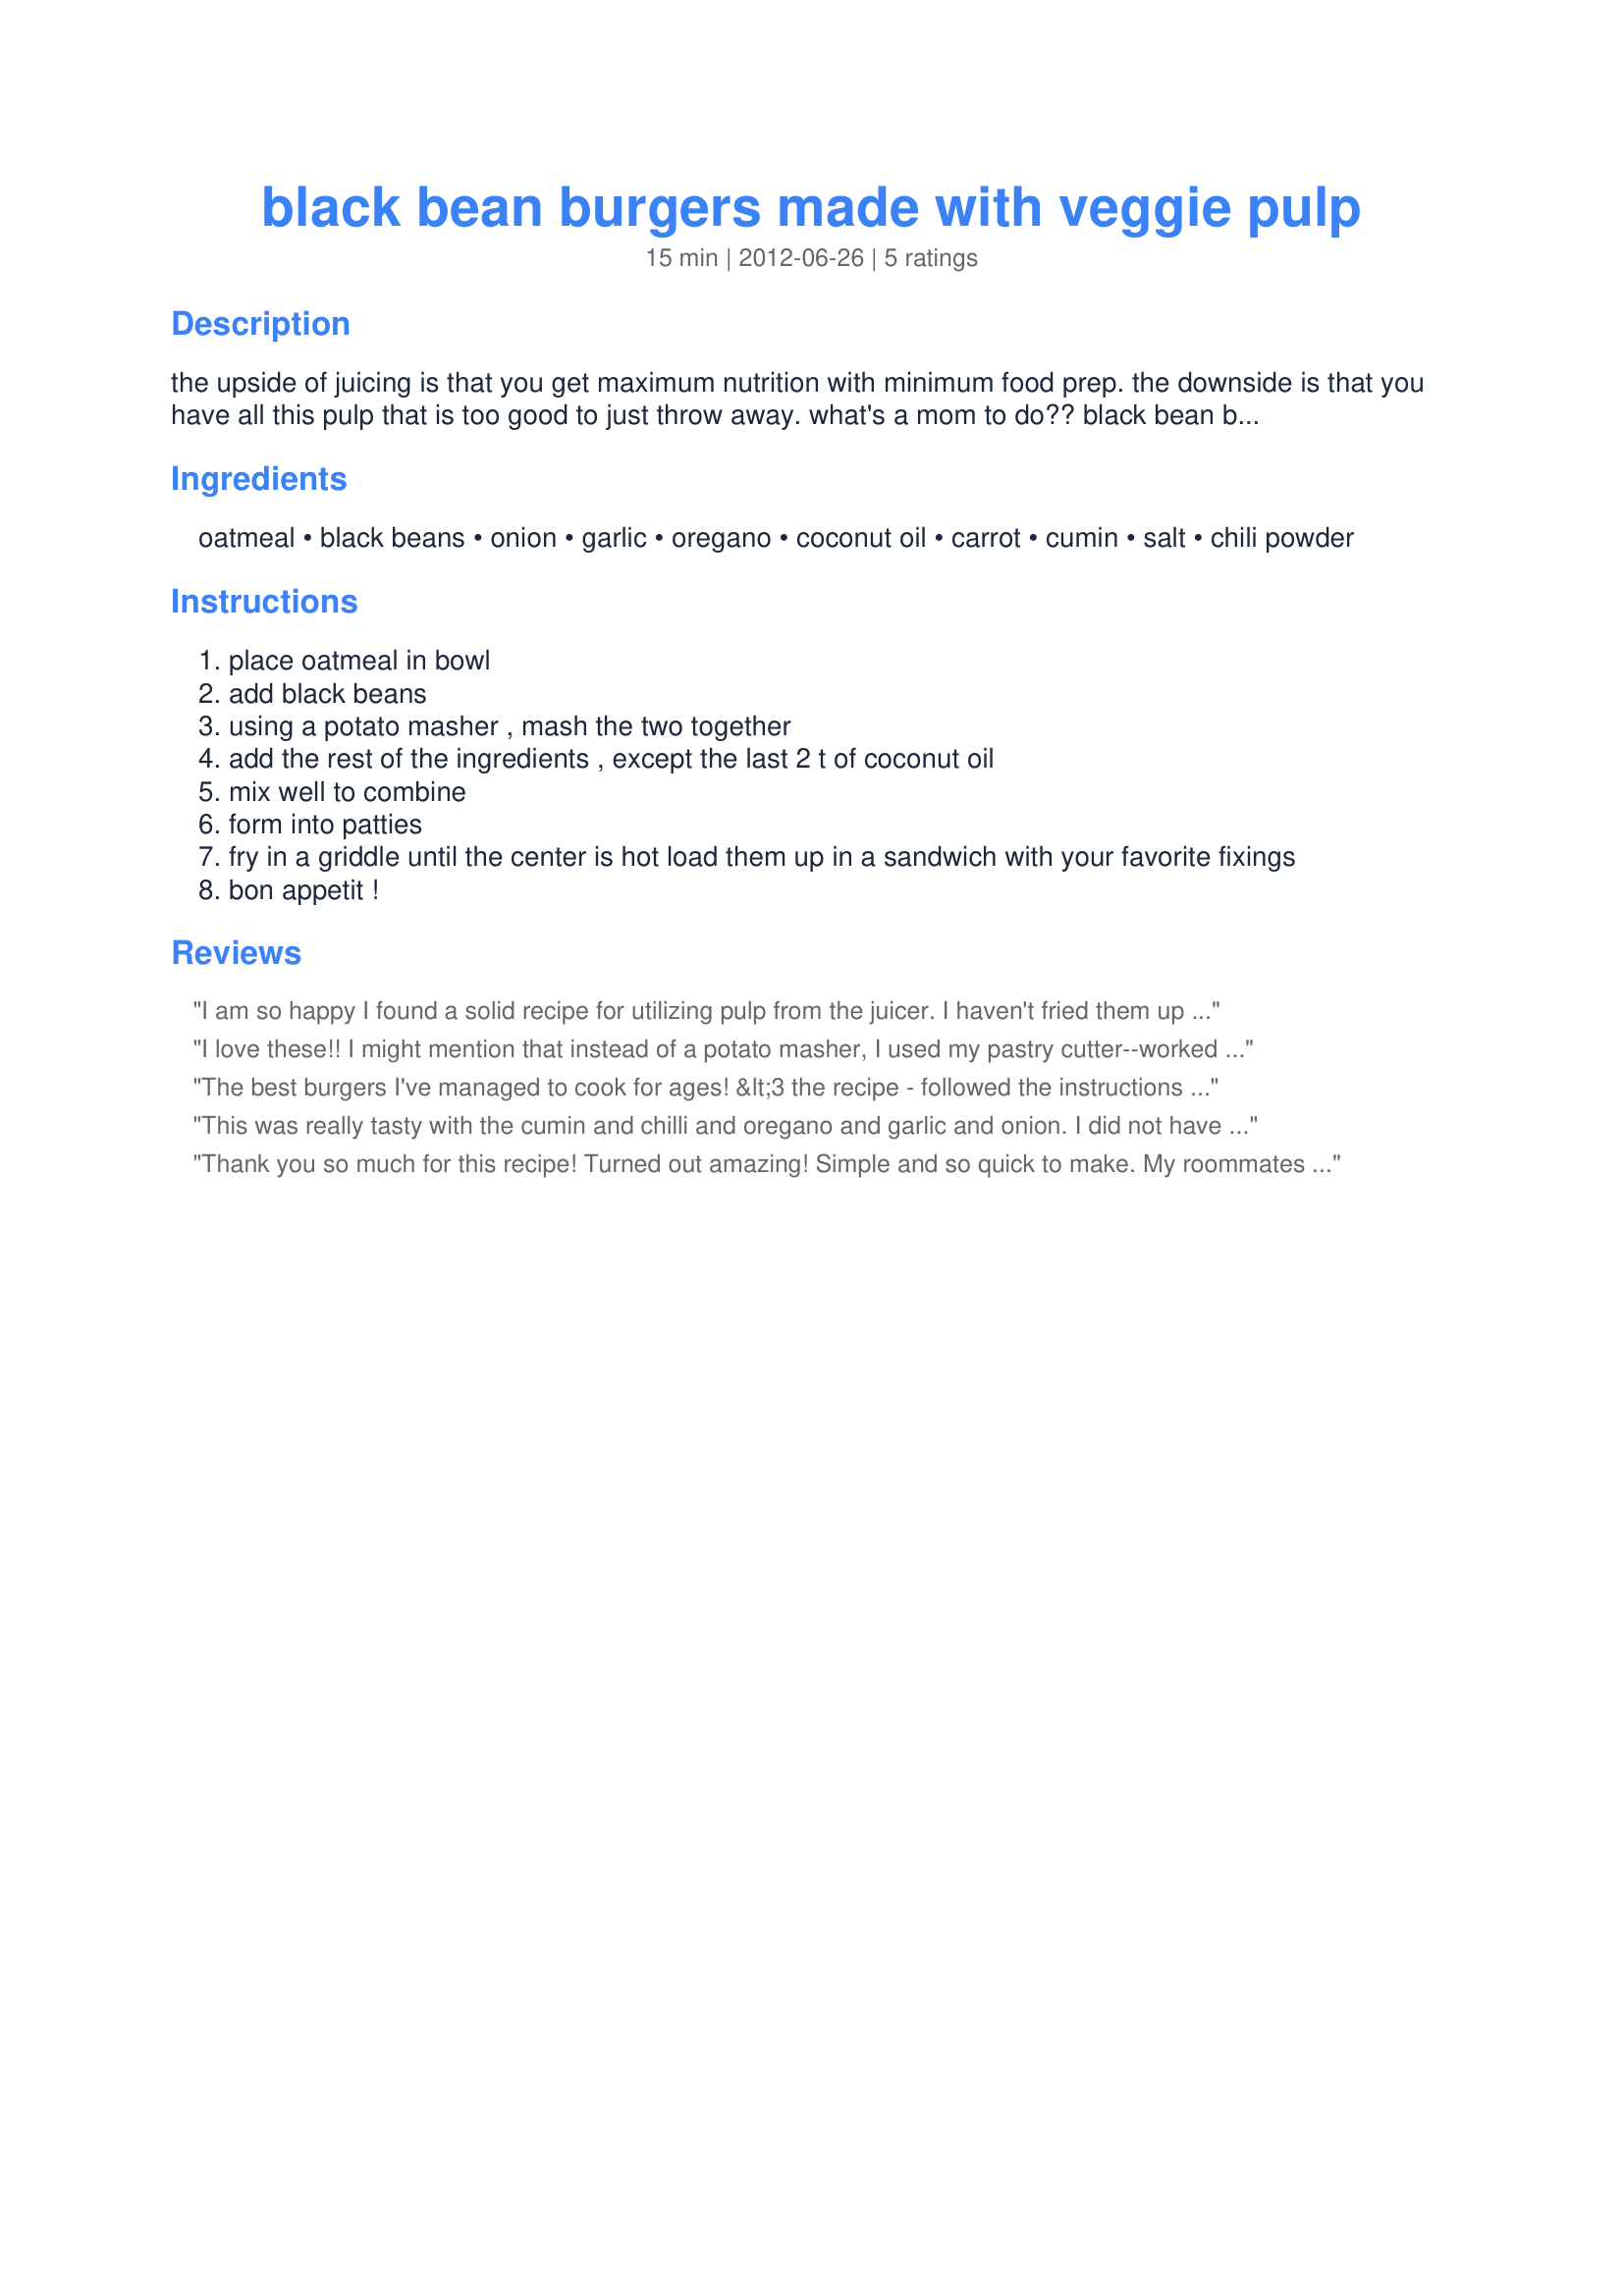
black bean burgers made with veggie pulp
Preparation time: 15 minutes

the upside of juicing is that you get maximum nutrition with minimum food prep. the downside is that you have all this pulp that is too good to just throw away. what's a mom to do?? black bean burgers to the rescue, ta da!

Ingredients:
oatmeal, black beans, onion, garlic, oregano, coconut oil, carrot, cumin, salt, chili powder

Steps:
place oatmeal in bowl
add black beans
using a potato masher , mash the two together
add the rest of the ingredients , except the last 2 t of coconut oil
mix well to combine
form into patties
fry in a griddle until the center is hot load them up in a sandwich with your favorite fixings
bon appetit !

Reviews:
I am so happy I found a solid recipe for utilizing pulp from the juicer. I haven't fried them up yet but packaged them to freeze and use whenever. Really quick and simple recipe - I tweaked spice levels to my preference but the overall taste and texture is perfect for veggie burgers. Quick note, using a 1/2 cup makes 4 burger patties approx. 1/2&quot; x 4&quot; round. Just press into the cup, turn over onto wax paper or plate, then flatten and shape.
I love these!! I might mention that instead of a potato masher, I used my pastry cutter--worked great. I also added a flax egg (Grind 1 Tbs. flax seeds and mix ground seeds in 3 Tbs. water and let set for 5 minutes (I also added about a half Tbs. of salba seeds to the flax seeds for grinding))-I think that is the flax egg recipe. Anyway it worked to hold the patties together better and upped the nutrition. So glad to find a way to use the carrot pulp from juicing. Thanks for the recipe.
The best burgers I've managed to cook for ages! &lt;3 the recipe - followed the instructions to a tee, then after frying, placed in the oven at 180C (for about 5 minutes) to ensure inside was properly baked/cooked through. Found the Veggie Burger really filling and tasty; most importantly, my husband asked for more! :D
This was really tasty with the cumin and chilli and oregano and garlic and onion. I did not have a food processor or masher so the patties fell apart a little when frying but so yummy. Thanks for a great recipe!
Thank you so much for this recipe! Turned out amazing! Simple and so quick to make. My roommates and kiddos loved it. They came out a little moist. I would of liked them to be a little more firm. I used avocado oil because I didn't have any other kind at the moment. And not sure if the pulp I used was too watery. Any suggestions on how to make them less moist and be able to not fall apart to easy. Thank you!!
